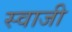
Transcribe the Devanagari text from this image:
स्वाजी